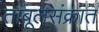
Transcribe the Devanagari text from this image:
तांबूलसंक्रांत